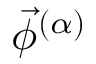
\vec { \phi } ^ { ( \alpha ) }